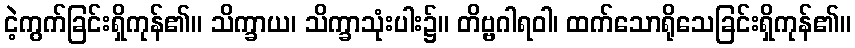
ငဲ့ကွက်ခြင်းရှိကုန်၏။ သိက္ခာယ၊ သိက္ခာသုံးပါး၌။ တိဗ္ဗဂါရဝါ၊ ထက်သောရိုသေခြင်းရှိကုန်၏။